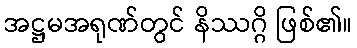
အဋ္ဌမအရုဏ်တွင် နိဿဂ္ဂိ ဖြစ်၏။